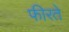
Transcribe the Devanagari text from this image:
फीरते